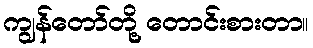
ကျွန်တော်တို့ တောင်းစားတာ။